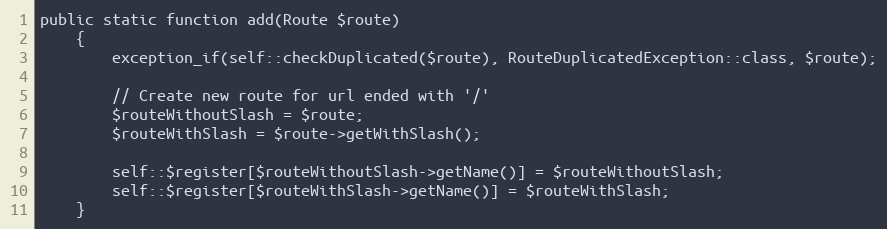
Language: PHP
public static function add(Route $route)
    {
        exception_if(self::checkDuplicated($route), RouteDuplicatedException::class, $route);

        // Create new route for url ended with '/'
        $routeWithoutSlash = $route;
        $routeWithSlash = $route->getWithSlash();

        self::$register[$routeWithoutSlash->getName()] = $routeWithoutSlash;
        self::$register[$routeWithSlash->getName()] = $routeWithSlash;
    }